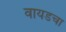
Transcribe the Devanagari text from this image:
वायडचा